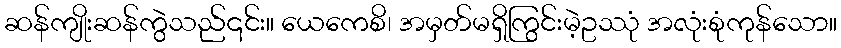
ဆန်ကျိုးဆန်ကွဲသည်၎င်း။ ယေကေစိ၊ အမှတ်မရှိကြွင်းမဲ့ဥဿုံ အလုံးစုံကုန်သော။